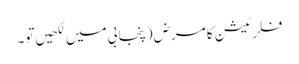
فلرٹیشن کا مرض (پنجابی میں لکھیں تو۔